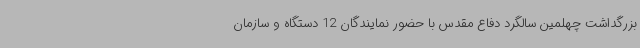
بزرگداشت چهلمین سالگرد دفاع مقدس با حضور نمایندگان 12 دستگاه و سازمان